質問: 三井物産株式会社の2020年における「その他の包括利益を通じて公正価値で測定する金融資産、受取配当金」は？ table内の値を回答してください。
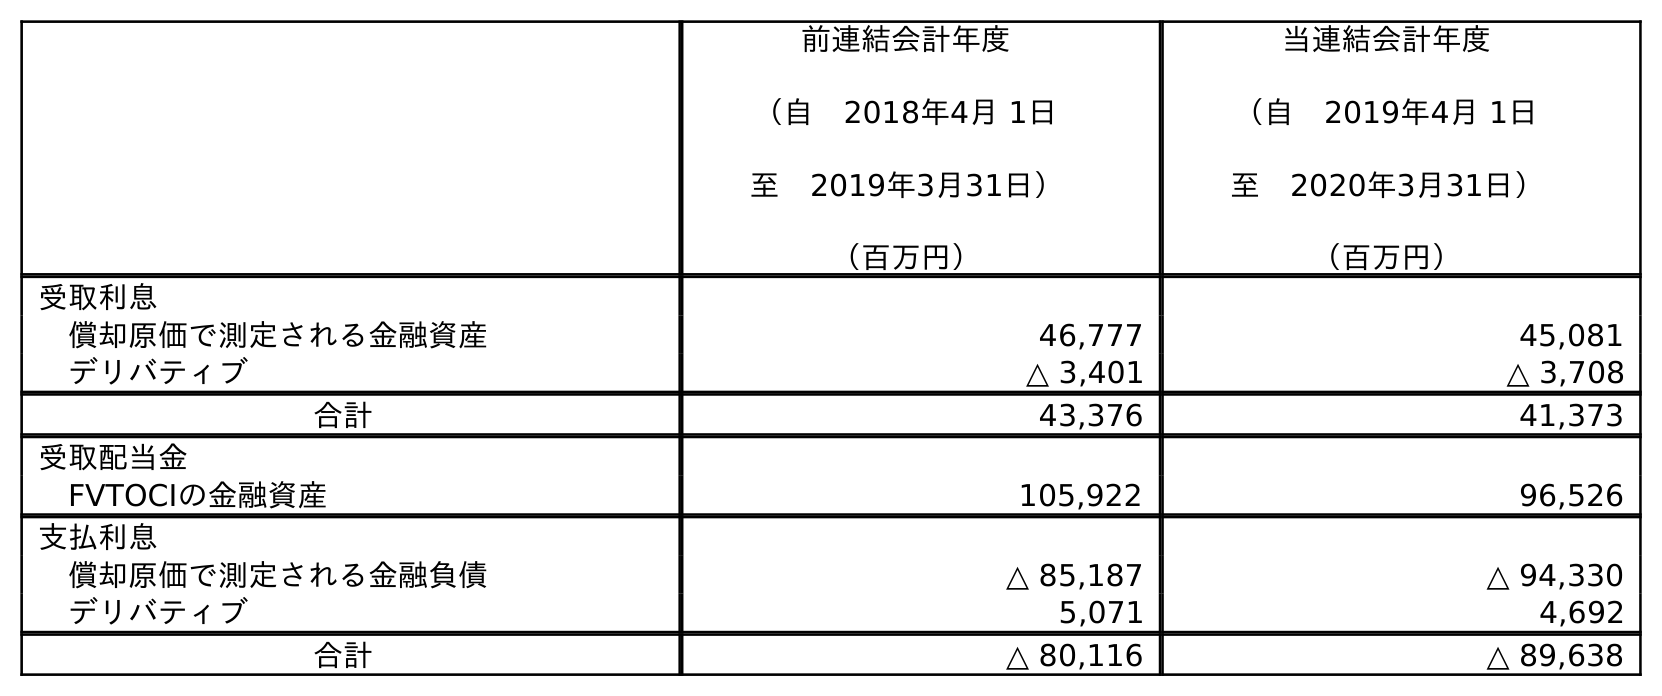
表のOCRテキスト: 前連結会計年度 （自 2018年4月 1日 至 2019年3月31日） （百万円） 当連結会計年度 （自 2019年4月 1日 至 2020年3月31日） （百万円） 受取利息 償却原価で測定される金融資産 46,777 45,081 デリバティブ △ 3,401 △ 3,708 合計 43,376 41,373 受取配当金 FVTOCIの金融資産 105,922 96,526 支払利息 償却原価で測定される金融負債 △ 85,187 △ 94,330 デリバティブ 5,071 4,692 合計 △ 80,116 △ 89,638
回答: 96,526